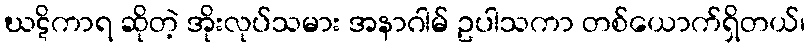
ဃဋိကာရ ဆိုတဲ့ အိုးလုပ်သမား အနာဂါမ် ဥပါသကာ တစ်ယောက်ရှိတယ်၊